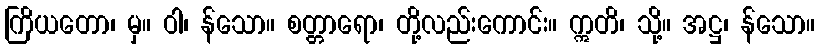
ကြိယတော၊ မှ။ ဝါ၊ န်သော။ စတ္တာရော၊ တို့လည်းကောင်း။ ဣတိ၊ သို့။ အဋ္ဌ၊ န်သော။